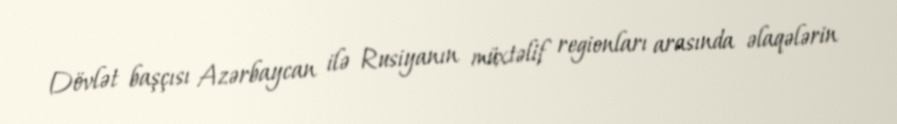
Dövlət başçısı Azərbaycan ilə Rusiyanın müxtəlif regionları arasında əlaqələrin